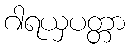
ဂါရယှပတ္တာ